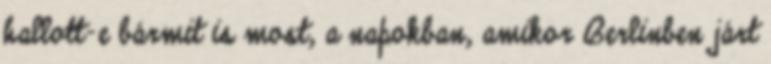
hallott-e bármit is most, a napokban, amikor Berlinben járt